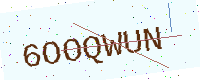
Text: 6OOQWUN